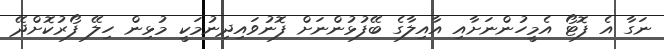
ނަގާ އެ ފޮޓޯ އެމީހުންނަށާއި އާއިލާގެ ބޭފުޅުންނަށް ފޮނުވައިދިނުމަކީ މުޅިން ހިލޭ ފޯރުކޮށްދޭ